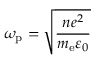
\omega _ { \mathrm { p } } = \sqrt { \frac { n e ^ { 2 } } { m _ { \mathrm { e } } \varepsilon _ { 0 } } }